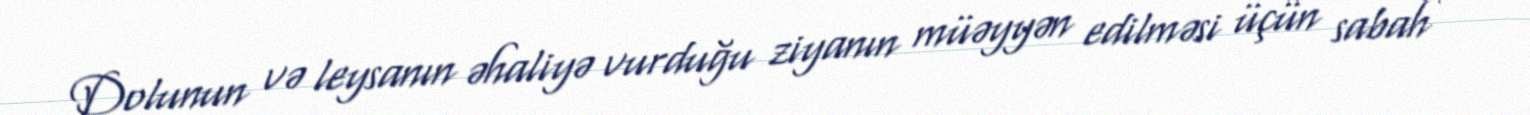
Dolunun və leysanın əhaliyə vurduğu ziyanın müəyyən edilməsi üçün sabah